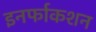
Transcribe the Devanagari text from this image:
इनर्फाकशन